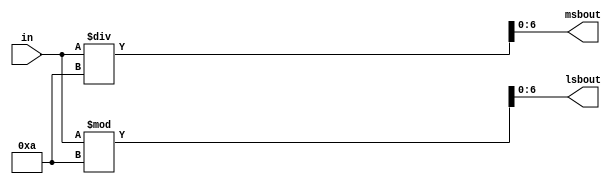
module basenumber(in, msbout, lsbout);
	input [6:0] in;
	output reg[6:0] msbout, lsbout;
	
	always @(*)begin
		msbout = in/10;
		lsbout = in%10;
	end
endmodule